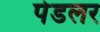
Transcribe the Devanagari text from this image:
पेडलर